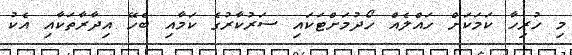
މި ހުރިހާ ކަމަކަށް ހައްލެއް ހޯދުމަށްޓަކައި ސަރުކާރުގެ ކަމާއި ބެހޭ އިދާރާތަކާއި އެކު